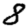
Digit: 8